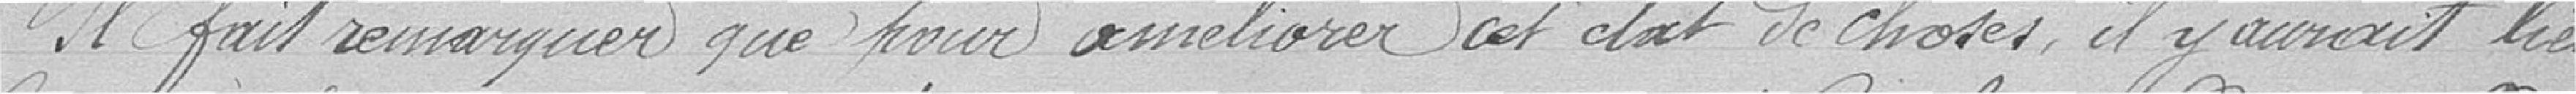
Il fait remarquer que pour améliorer cet état de choses, il y aurait lieu